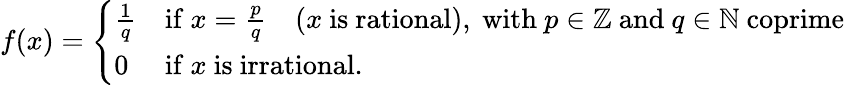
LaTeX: f(x)={\left\{ \begin{array}{ll}{{\frac{1}{q}}}&{{\mathrm{if~}}x={\frac{p}{q}}\quad(x{\mathrm{~is~rational),~with~}}p\in\mathbb{Z}{\mathrm{~and~}}q\in\mathbb{N}{\mathrm{~coprime}}}\\ {0}&{{\mathrm{if~}}x{\mathrm{~is~irrational.}}}\end{array}\right.}